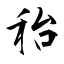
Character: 秮